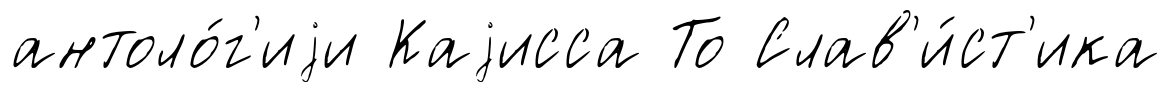
антоло́г'иjи Каjисса То Слав'и́ст'ика